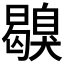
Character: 𦤪